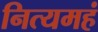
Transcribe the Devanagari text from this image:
नित्यमहं